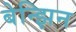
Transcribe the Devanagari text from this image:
बेन्झिन